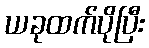
ယခုထက်ပိုပြီး